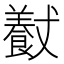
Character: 𱃮